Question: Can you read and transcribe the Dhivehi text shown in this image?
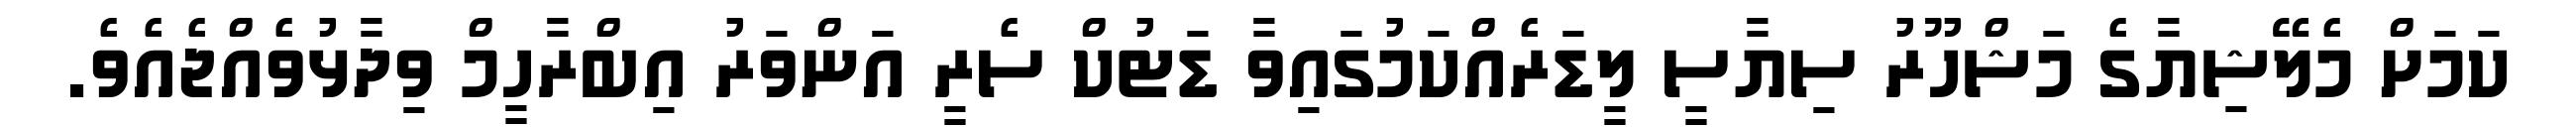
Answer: ކަމަށް މެލޭޝިޔާގެ މަޝްހޫރު ސިޔާސީ ލީޑަރެއްކަމުގައިވާ ޑަޓުކް ސެރީ އަންވަރު އިބްރާހީމް ވިދާޅުވެއްޖެއެވެ.